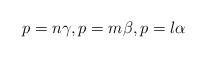
LaTeX: \begin{align*}p=n \gamma,p=m \beta, p=l \alpha \end{align*}